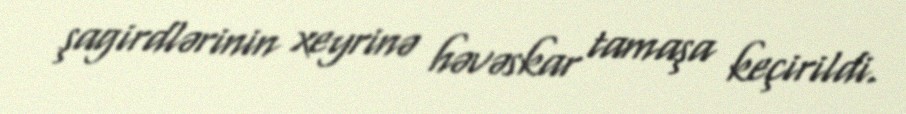
şagirdlərinin xeyrinə həvəskar tamaşa keçirildi.